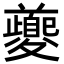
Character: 夔